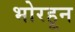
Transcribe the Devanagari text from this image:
भोरहून